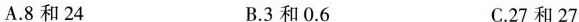
A.8和24 B.3和0.6 C.27和27